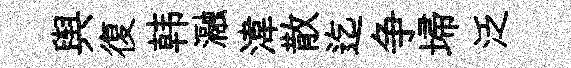
舆復韩瀜湋散迄争埽泛